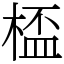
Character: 㮎